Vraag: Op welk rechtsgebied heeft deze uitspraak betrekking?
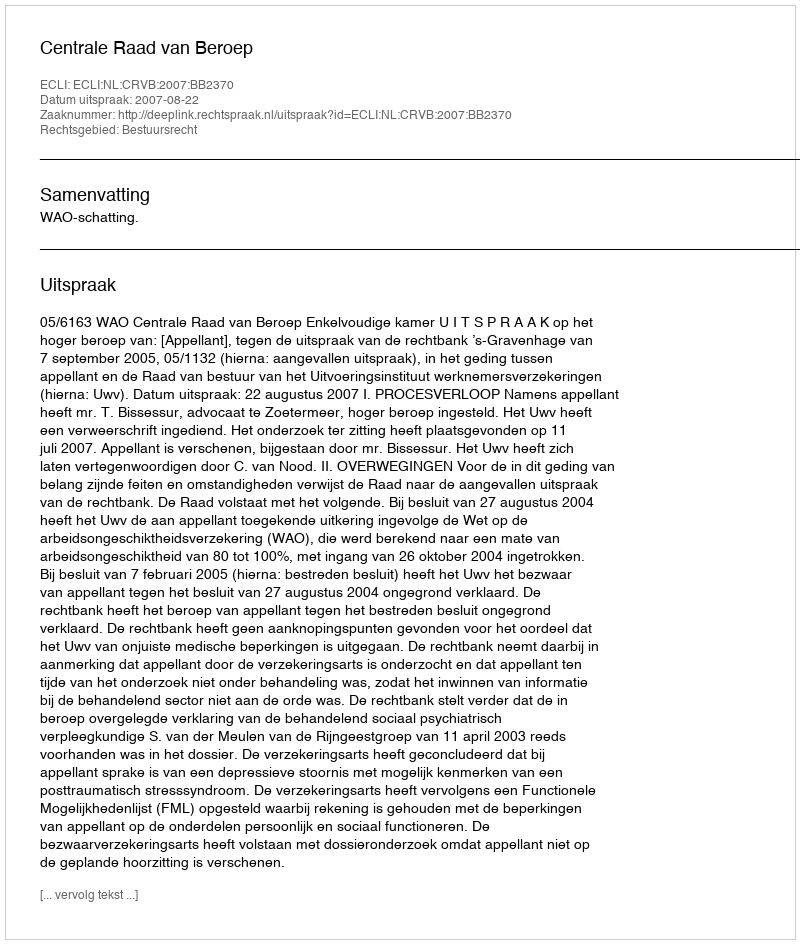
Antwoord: Bestuursrecht